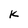
Character: K